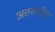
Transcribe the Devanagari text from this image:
अत्तसरीफ